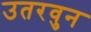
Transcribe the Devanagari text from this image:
उतरवुन